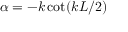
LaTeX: \alpha = - k \cot ( k L / 2 )